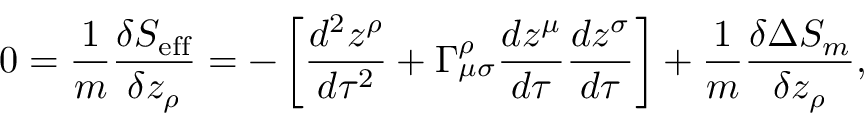
0 = \frac { 1 } { m } \frac { \delta S _ { \mathrm { e f f } } } { \delta z _ { \rho } } = - \left[ \frac { d ^ { 2 } z ^ { \rho } } { d \tau ^ { 2 } } + \Gamma _ { \mu \sigma } ^ { \rho } \frac { d z ^ { \mu } } { d \tau } \frac { d z ^ { \sigma } } { d \tau } \right] + \frac { 1 } { m } \frac { \delta \Delta S _ { m } } { \delta z _ { \rho } } ,